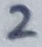
Text: 2